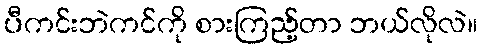
ပီကင်းဘဲကင်ကို စားကြည့်တာ ဘယ်လိုလဲ။